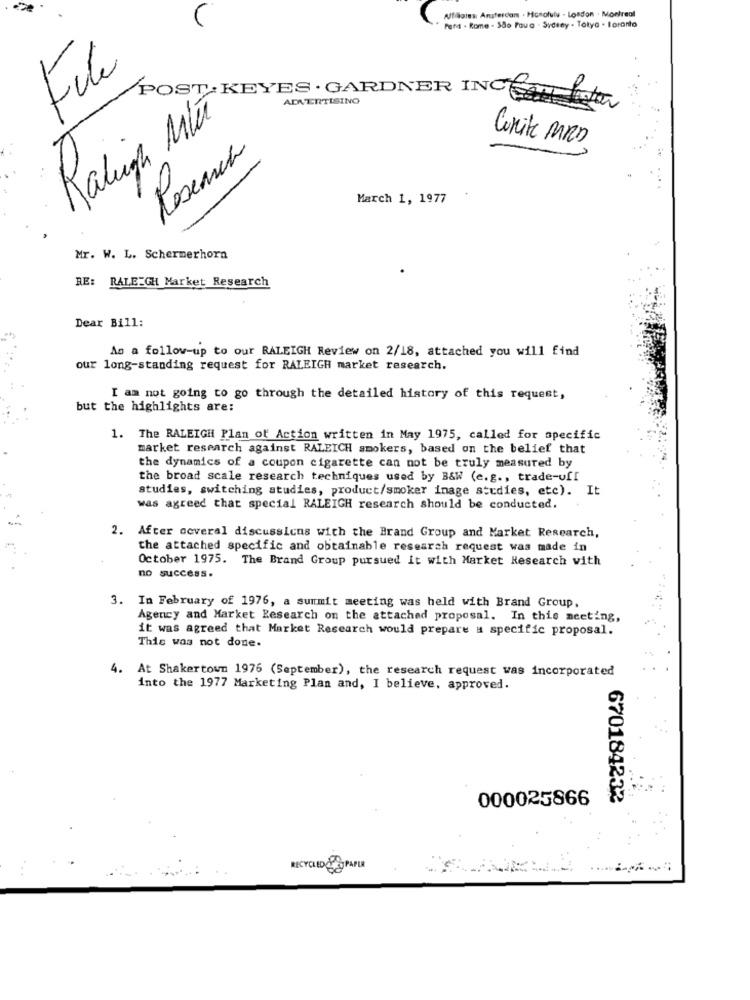
A/filiales: Amsterdam . Honolulu . Losdon . Montreal
Pena . Rome - São Paua . Syesey . Totya . Taranto
File
POST: KEYES . GARDNER INC
ADVERTISING
Raleigh Mit
Research
Write MRD
March 1, 1977
Mr. W. L. Schermerhorn
RE:
RALEIGH Market Research
Dear Bill:
As a follow-up to our RALEIGH Review on 2/18, attached you will find
our long-standing request for RALEIGH market research.
I am not going to go through the detailed history of this request,
but the highlights are:
1. The RALEIGH Plan of Action written in May 1975, called for specific
market research against RALEICH smokers, based on the belief that
the dynamics of a coupon cigarette can not be truly measured by
the broad scale research techniques used by B&W (e.g ., trade-off
studies, switching studies, product/smoker inage studies, etc). It
was agreed that special RALEIGH research should be conducted.
2. After several discussions with the Brand Group and Market Research,
the attached specific and obtainable research request was made in
October 1975. The Brand Group pursued it with Market Research with
no success.
3. In February of 1976, a summit meeting was held with Brand Group,
Agency and Market Research on the attached proposal. In this meeting,
it was agreed that Market Research would prepare a specific proposal.
This was not done.
4. At Shakertown 1976 (September), the research request was incorporated
into the 1977 Marketing Plan and, I believe, approved.
000025866
670184232
RECYCLED& SPAPER